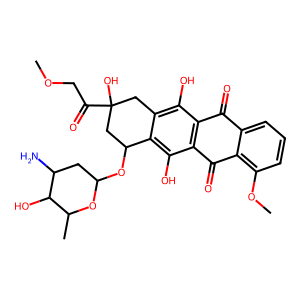
SMILES: COCC(=O)C1(O)Cc2c(O)c3c(c(O)c2C(OC2CC(N)C(O)C(C)O2)C1)C(=O)c1c(OC)cccc1C3=O
Inhibits HIV replication: No